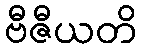
ဗီဇီယတိ